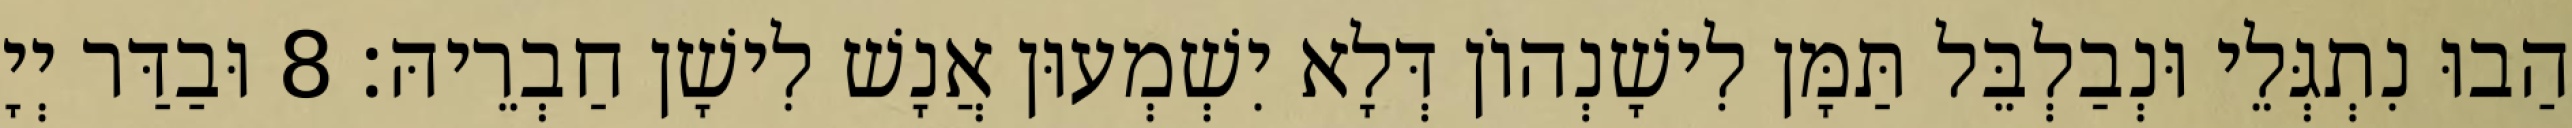
הַבוּ נִתְגְּלֵי וּנְבַלְבֵּל תַּמָּן לִישָׁנְהוֹן דְּלָא יִשְׁמְעוּן אֲנָשׁ לִישָׁן חַבְרֵיהּ׃ 8 וּבַדַּר יְיָ